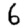
Digit: 6